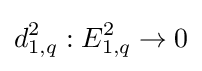
d_{1,q}^{2}:E_{1,q}^{2}\to 0